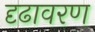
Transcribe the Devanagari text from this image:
दृढावरण